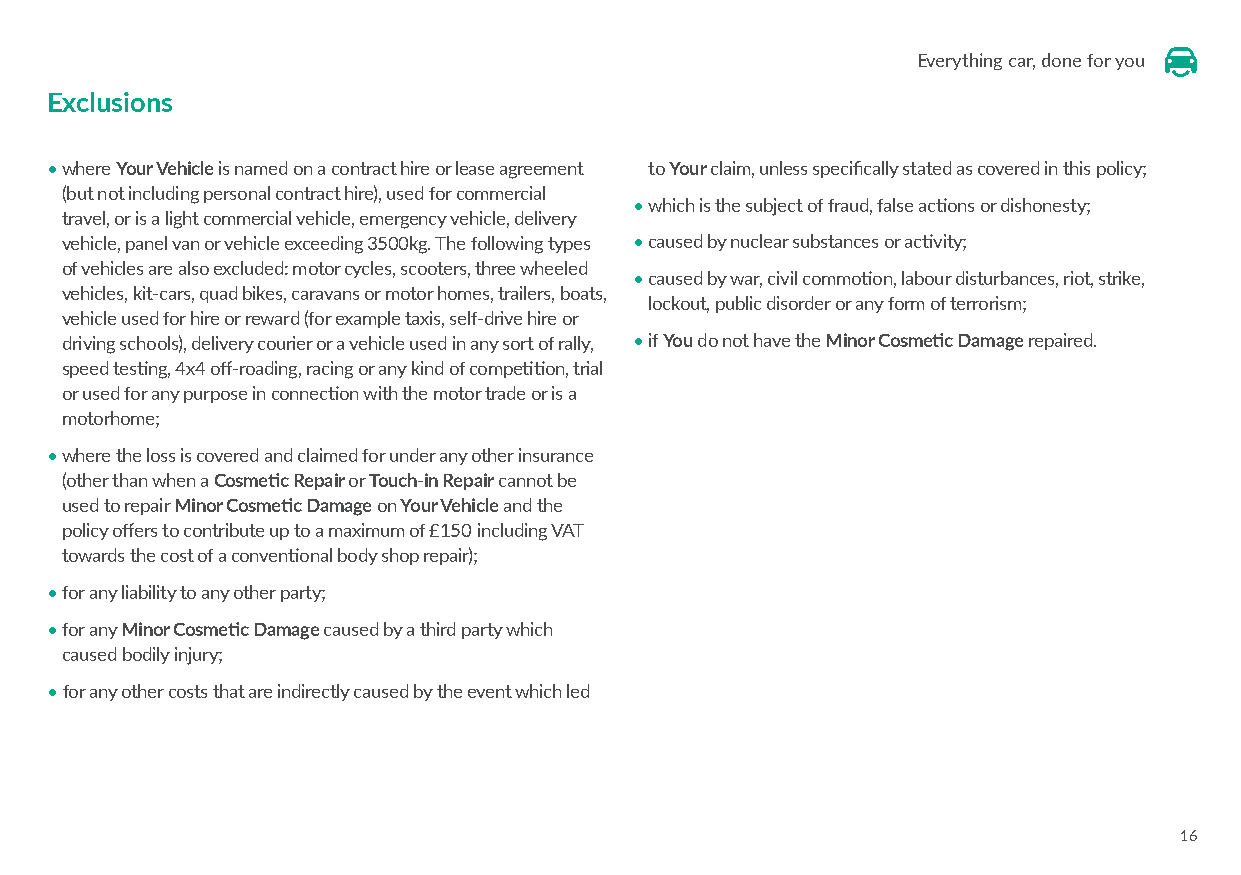
Everything car, done for you
 Exclusions
 • where Your Vehicle is named on a contract hire or lease agreement to Your claim, unless specifically stated as covered in this policy;
 (but not including personal contract hire), used for commercial
 • which is the subject of fraud, false actions or dishonesty;
 travel, or is a light commercial vehicle, emergency vehicle, delivery
 vehicle, panel van or vehicle exceeding 3500kg. The following types • caused by nuclear substances or activity;
 of vehicles are also excluded: motor cycles, scooters, three wheeled
 • c aused by war, civil commotion, labour disturbances, riot, strike,
 vehicles, kit-cars, quad bikes, caravans or motor homes, trailers, boats,
 lockout, public disorder or any form of terrorism;
 vehicle used for hire or reward (for example taxis, self-drive hire or
 driving schools), delivery courier or a vehicle used in any sort of rally, • i f You do not have the Minor Cosmetic Damage repaired.
 speed testing, 4x4 off-roading, racing or any kind of competition, trial
 or used for any purpose in connection with the motor trade or is a
 motorhome;
 • where the loss is covered and claimed for under any other insurance
 (other than when a Cosmetic Repair or Touch-in Repair cannot be
 used to repair Minor Cosmetic Damage on Your Vehicle and the
 policy offers to contribute up to a maximum of £150 including VAT
 towards the cost of a conventional body shop repair);
 • f or any liability to any other party;
 • f or any Minor Cosmetic Damage caused by a third party which
 caused bodily injury;
 • f or any other costs that are indirectly caused by the event which led
 16